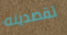
تقصدينه